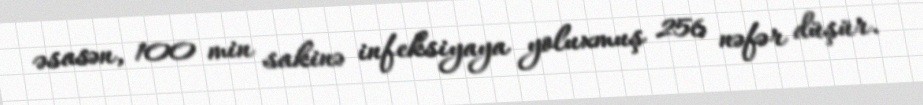
əsasən, 100 min sakinə infeksiyaya yoluxmuş 256 nəfər düşür.